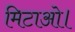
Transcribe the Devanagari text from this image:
मिटाओ।